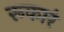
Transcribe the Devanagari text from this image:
रूकारं